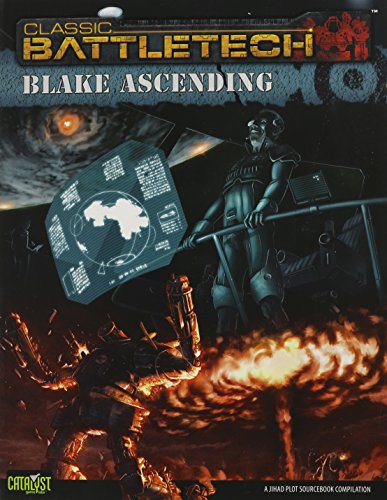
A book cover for Battletech Blake Ascending, a Jihad Comp; Catalyst Game Labs; Science Fiction & Fantasy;